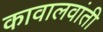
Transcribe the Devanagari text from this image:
कावालवांती